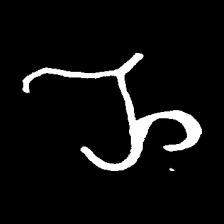
Pyu character \u2014 Myanmar letter: ည (romanized: nya)